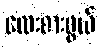
လေးစားဖွယ်